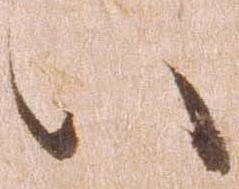
い